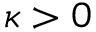
\kappa > 0